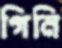
গিনি